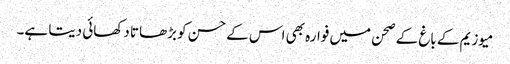
میوزیم کے باغ کے صحن میں فوارہ بھی اس کے حسن کو بڑھاتا دکھائی دیتا ہے۔